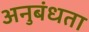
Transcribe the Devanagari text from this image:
अनुबंधता